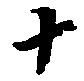
十